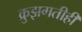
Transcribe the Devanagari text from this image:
क्रुझगतीही